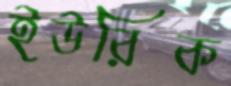
ইউরিক